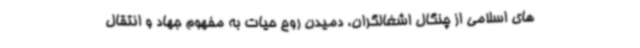
های اسلامی از چنگال اشغالگران، دمیدن روح حیات به مفهوم جهاد و انتقال